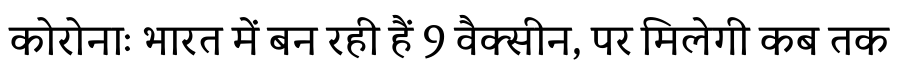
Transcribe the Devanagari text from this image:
कोरोनाः भारत में बन रही हैं 9 वैक्सीन, पर मिलेगी कब तक